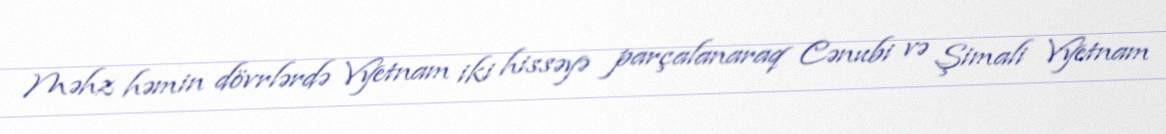
Məhz həmin dövrlərdə Vyetnam iki hissəyə parçalanaraq Cənubi və Şimali Vyetnam